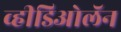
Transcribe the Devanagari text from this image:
व्हीडिओलॅन